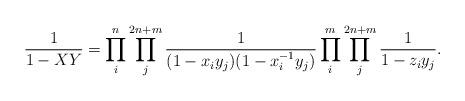
LaTeX: \begin{align*}\frac{1}{1-XY}=\prod^{n}_{i}\prod^{2n+m}_{j}\frac{1}{(1-x_iy_j)(1-x^{-1}_iy_j)}\prod^{m}_{i}\prod^{2n+m}_{j}\frac{1}{1-z_iy_j}.\end{align*}